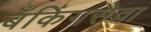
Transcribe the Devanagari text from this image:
बँकिंगसेवा